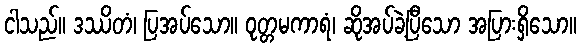
ငါသည်။ ဒဿိတံ၊ ပြအပ်သော။ ဝုတ္တမကာရံ၊ ဆိုအပ်ခဲ့ပြီသော အပြားရှိသော။